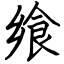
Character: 飨